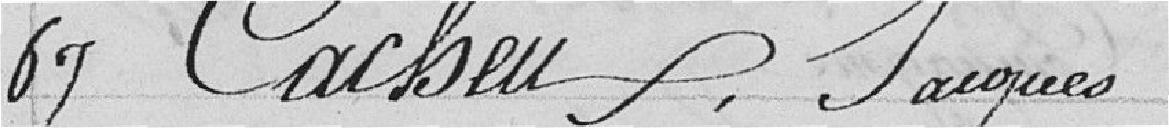
67 Cacheux, Jacques